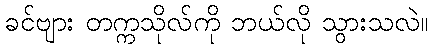
ခင်ဗျား တက္ကသိုလ်ကို ဘယ်လို သွားသလဲ။